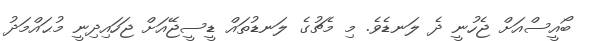
ބޯއީސްއަށް ޖެހުނީ ދެ ލަނޑެވެ. މި މެޗުގެ ލަނޑުތައް ޑީސީޖޭއަށް ޖަހައިދިނީ މުޙައްމަދު